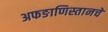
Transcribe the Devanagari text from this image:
अफङाणिस्तानचे